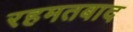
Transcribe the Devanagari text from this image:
रहमतबाद